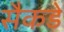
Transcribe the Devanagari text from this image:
सैकडे